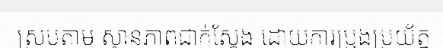
ស្របតាម ស្ថានភាពជាក់ស្តែង ដោយការប្រុងប្រយ័ត្ន